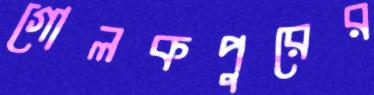
গোলকপুরের